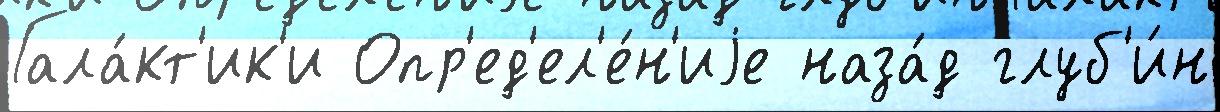
Гала́кт'ик'и Опр'ед'ел'е́н'иjе наза́д глуб'и́н